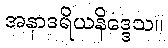
အနာဒရိယနိဒ္ဒေသ။